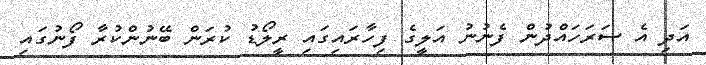
އަދި އެ ސަރަހައްދުން ފެނުނު އަލީގެ ފިހާރައިގައި ރީލޯޑު ކުރަން ބޭނުންކުރާ ފޯނުގައި